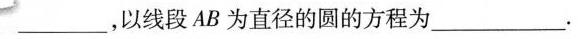
___，以线段AB为直径的圆的方程为___.